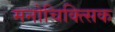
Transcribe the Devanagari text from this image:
मनोचिक्त्सिक